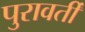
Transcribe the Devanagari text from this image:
पुरावर्ती